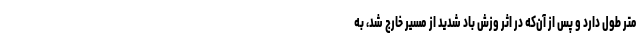
متر طول دارد و پس از آن‌که در اثر وزش باد شدید از مسیر خارج شد، به